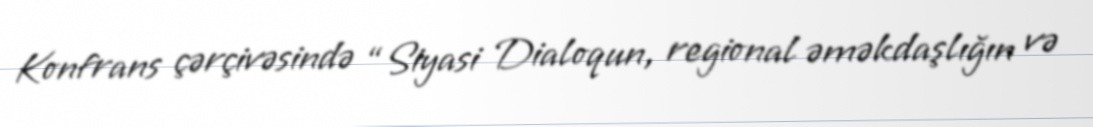
Konfrans çərçivəsində “Siyasi Dialoqun, regional əməkdaşlığın və